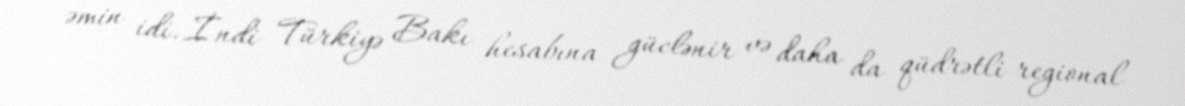
əmin idi. İndi Türkiyə Bakı hesabına güclənir və daha da qüdrətli regional